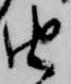
由